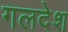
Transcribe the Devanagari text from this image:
गलदेश